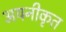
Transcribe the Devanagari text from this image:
अयनीकृत